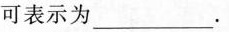
可表示为___。